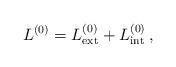
LaTeX: \begin{align*} L^{(0)}= L^{(0)}_{\rm ext} + L^{(0)}_{\rm int}\, ,\end{align*}